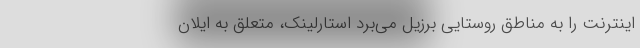
اینترنت را به مناطق روستایی برزیل می‌برد استارلینک، متعلق به ایلان